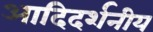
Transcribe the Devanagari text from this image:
आदिदर्शनीय